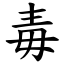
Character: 毒